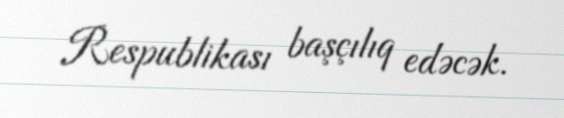
Respublikası başçılıq edəcək.